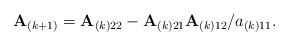
LaTeX: \begin{align*}{\bf A}_{(k+1)}={\bf A}_{(k)22}- {\bf A}_{(k)21}{\bf A}_{(k)12}/a_{(k)11}.\end{align*}